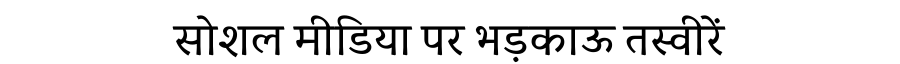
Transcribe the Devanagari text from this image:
सोशल मीडिया पर भड़काऊ तस्वीरें